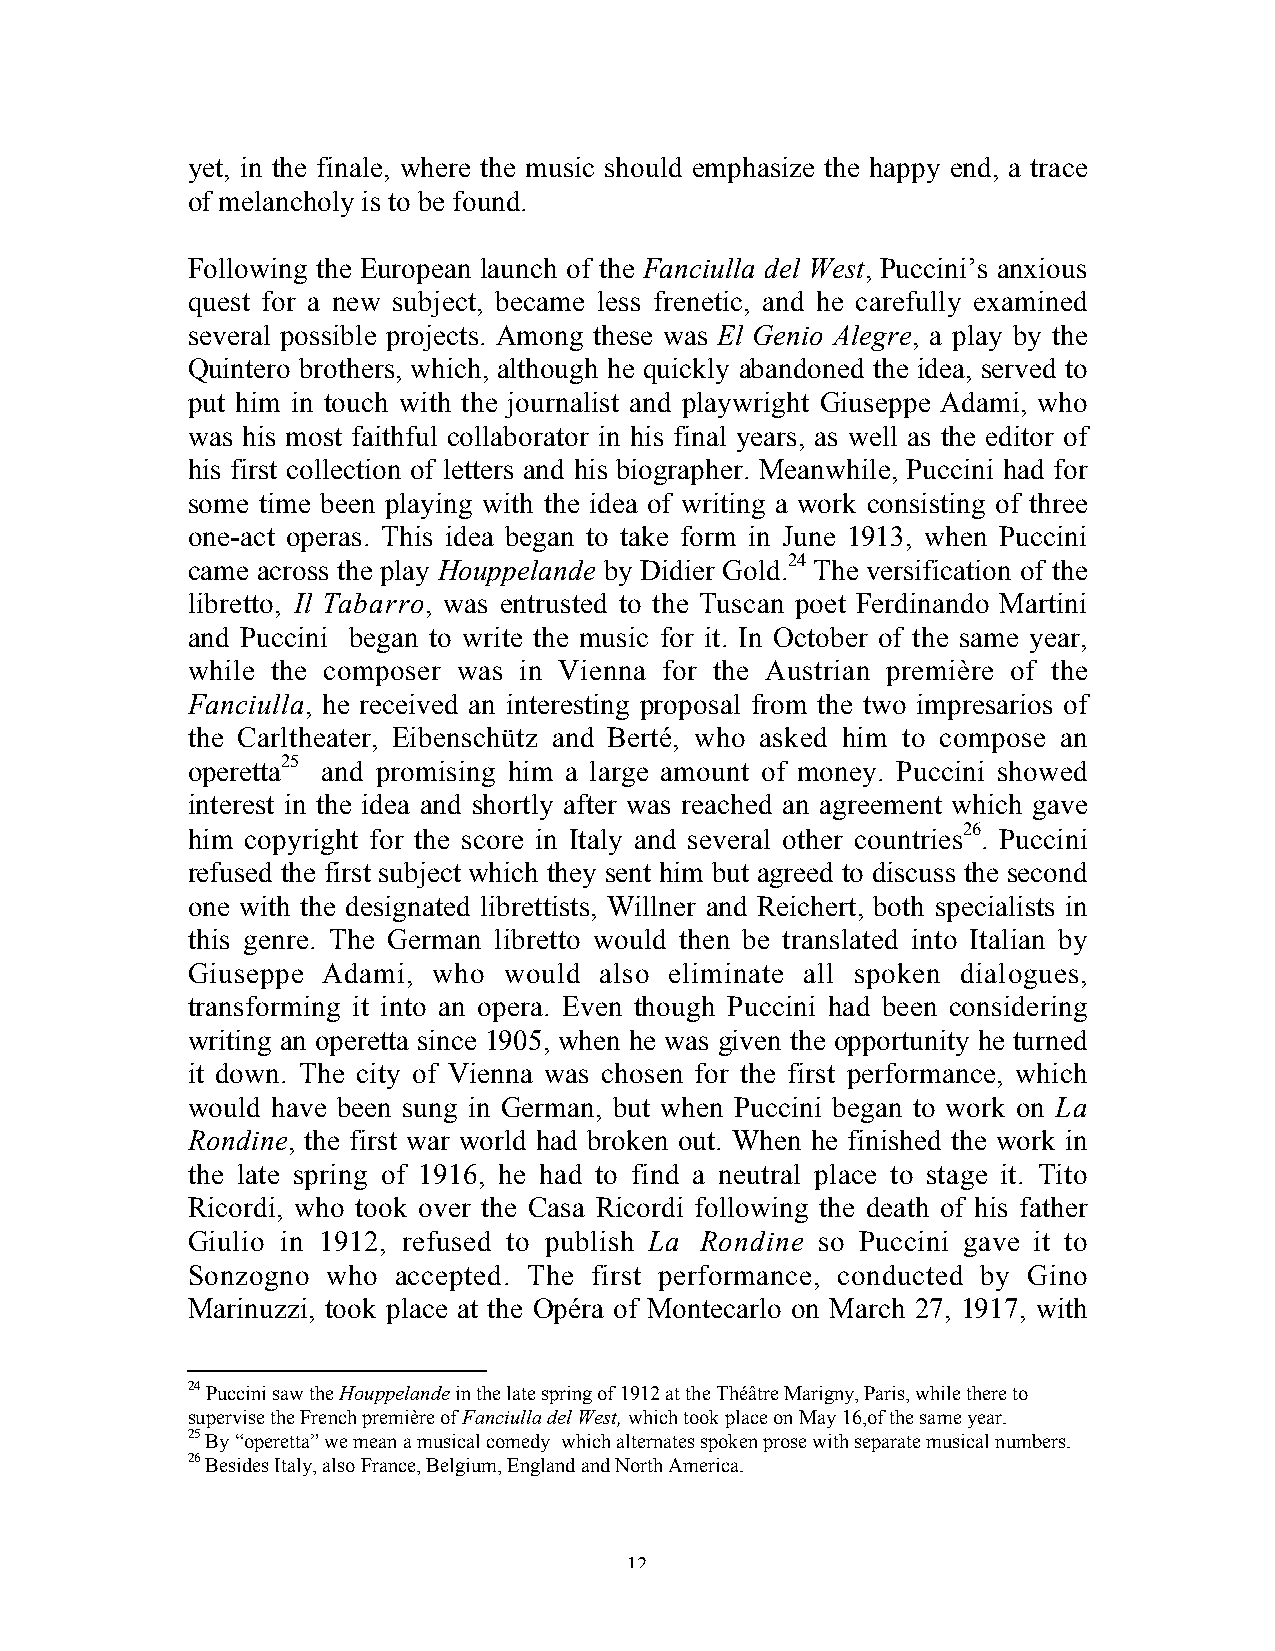
yet, in the finale, where the music should emphasize the happy end, a trace
 of melancholy is to be found.
 Following the European launch of the Fanciulla del West, Puccini’s anxious
 quest for a new subject, became less frenetic, and he carefully examined
 several possible projects. Among these was El Genio Alegre, a play by the
 Quintero brothers, which, although he quickly abandoned the idea, served to
 put him in touch with the journalist and playwright Giuseppe Adami, who
 was his most faithful collaborator in his final years, as well as the editor of
 his first collection of letters and his biographer. Meanwhile, Puccini had for
 some time been playing with the idea of writing a work consisting of three
 one-act operas. This idea began to take form in June 1913, when Puccini
 came across the play Houppelande by Didier Gold.24 The versification of the
 libretto, Il Tabarro, was entrusted to the Tuscan poet Ferdinando Martini
 and Puccini began to write the music for it. In October of the same year,
 while the composer was in Vienna for the Austrian première of the
 Fanciulla, he received an interesting proposal from the two impresarios of
 the Carltheater, Eibenschütz and Berté, who asked him to compose an
 operetta25 and promising him a large amount of money. Puccini showed
 interest in the idea and shortly after was reached an agreement which gave
 him copyright for the score in Italy and several other countries26. Puccini
 refused the first subject which they sent him but agreed to discuss the second
 one with the designated librettists, Willner and Reichert, both specialists in
 this genre. The German libretto would then be translated into Italian by
 Giuseppe Adami,  who would  also eliminate all spoken dialogues,
 transforming it into an opera. Even though Puccini had been considering
 writing an operetta since 1905, when he was given the opportunity he turned
 it down. The city of Vienna was chosen for the first performance, which
 would have been sung in German, but when Puccini began to work on La
 Rondine, the first war world had broken out. When he finished the work in
 the late spring of 1916, he had to find a neutral place to stage it. Tito
 Ricordi, who took over the Casa Ricordi following the death of his father
 Giulio in 1912, refused to publish La Rondine so Puccini gave it to
 Sonzogno  who accepted. The first performance, conducted by Gino
 Marinuzzi, took place at the Opéra of Montecarlo on March 27, 1917, with
 24 Puccini saw the Houppelande in the late spring of 1912 at the Théâtre Marigny, Paris, while there to
 supervise the French première of Fanciulla del West, which took place on May 16,of the same year.
 25 By “operetta” we mean a musical comedy which alternates spoken prose with separate musical numbers.
 26 Besides Italy, also France, Belgium, England and North America.
 12